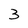
Character: 3